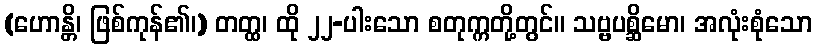
(ဟောန္တိ၊ ဖြစ်ကုန်၏၊) တတ္ထ၊ ထို ၂၂-ပါးသော စတုက္ကတို့တွင်။ သဗ္ဗပစ္ဆိမော၊ အလုံးစုံသော